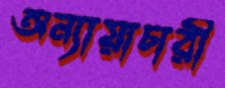
অন্যায়াচারী